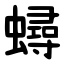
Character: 蟳